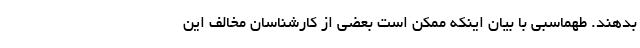
بدهند. طهماسبی با بیان اینکه ممکن است بعضی از کارشناسان مخالف این